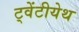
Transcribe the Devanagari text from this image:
ट्वेंटीयेथ